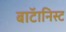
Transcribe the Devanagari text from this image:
बाॅटानिस्ट